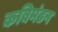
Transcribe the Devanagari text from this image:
कविमंडन